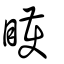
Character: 矆